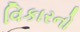
વિકારનો